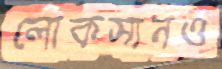
লোকসানও